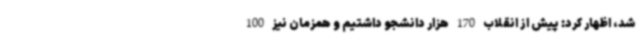
شد، اظهار کرد: پیش از انقلاب 170 هزار دانشجو داشتیم و همزمان نیز 100